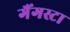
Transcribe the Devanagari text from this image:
गैंगस्टा